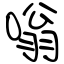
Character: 嗡